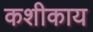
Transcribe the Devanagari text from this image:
कशीकाय